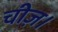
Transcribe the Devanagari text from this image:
चीज़।